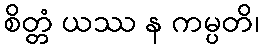
စိတ္တံ ယဿ န ကမ္ပတိ၊